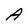
Character: A